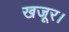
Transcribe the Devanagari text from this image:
खजूर।